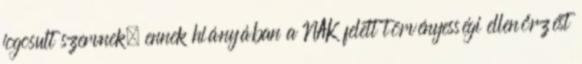
jogosult szervnek, ennek hiányában a NAK felett törvényességi ellenőrzést